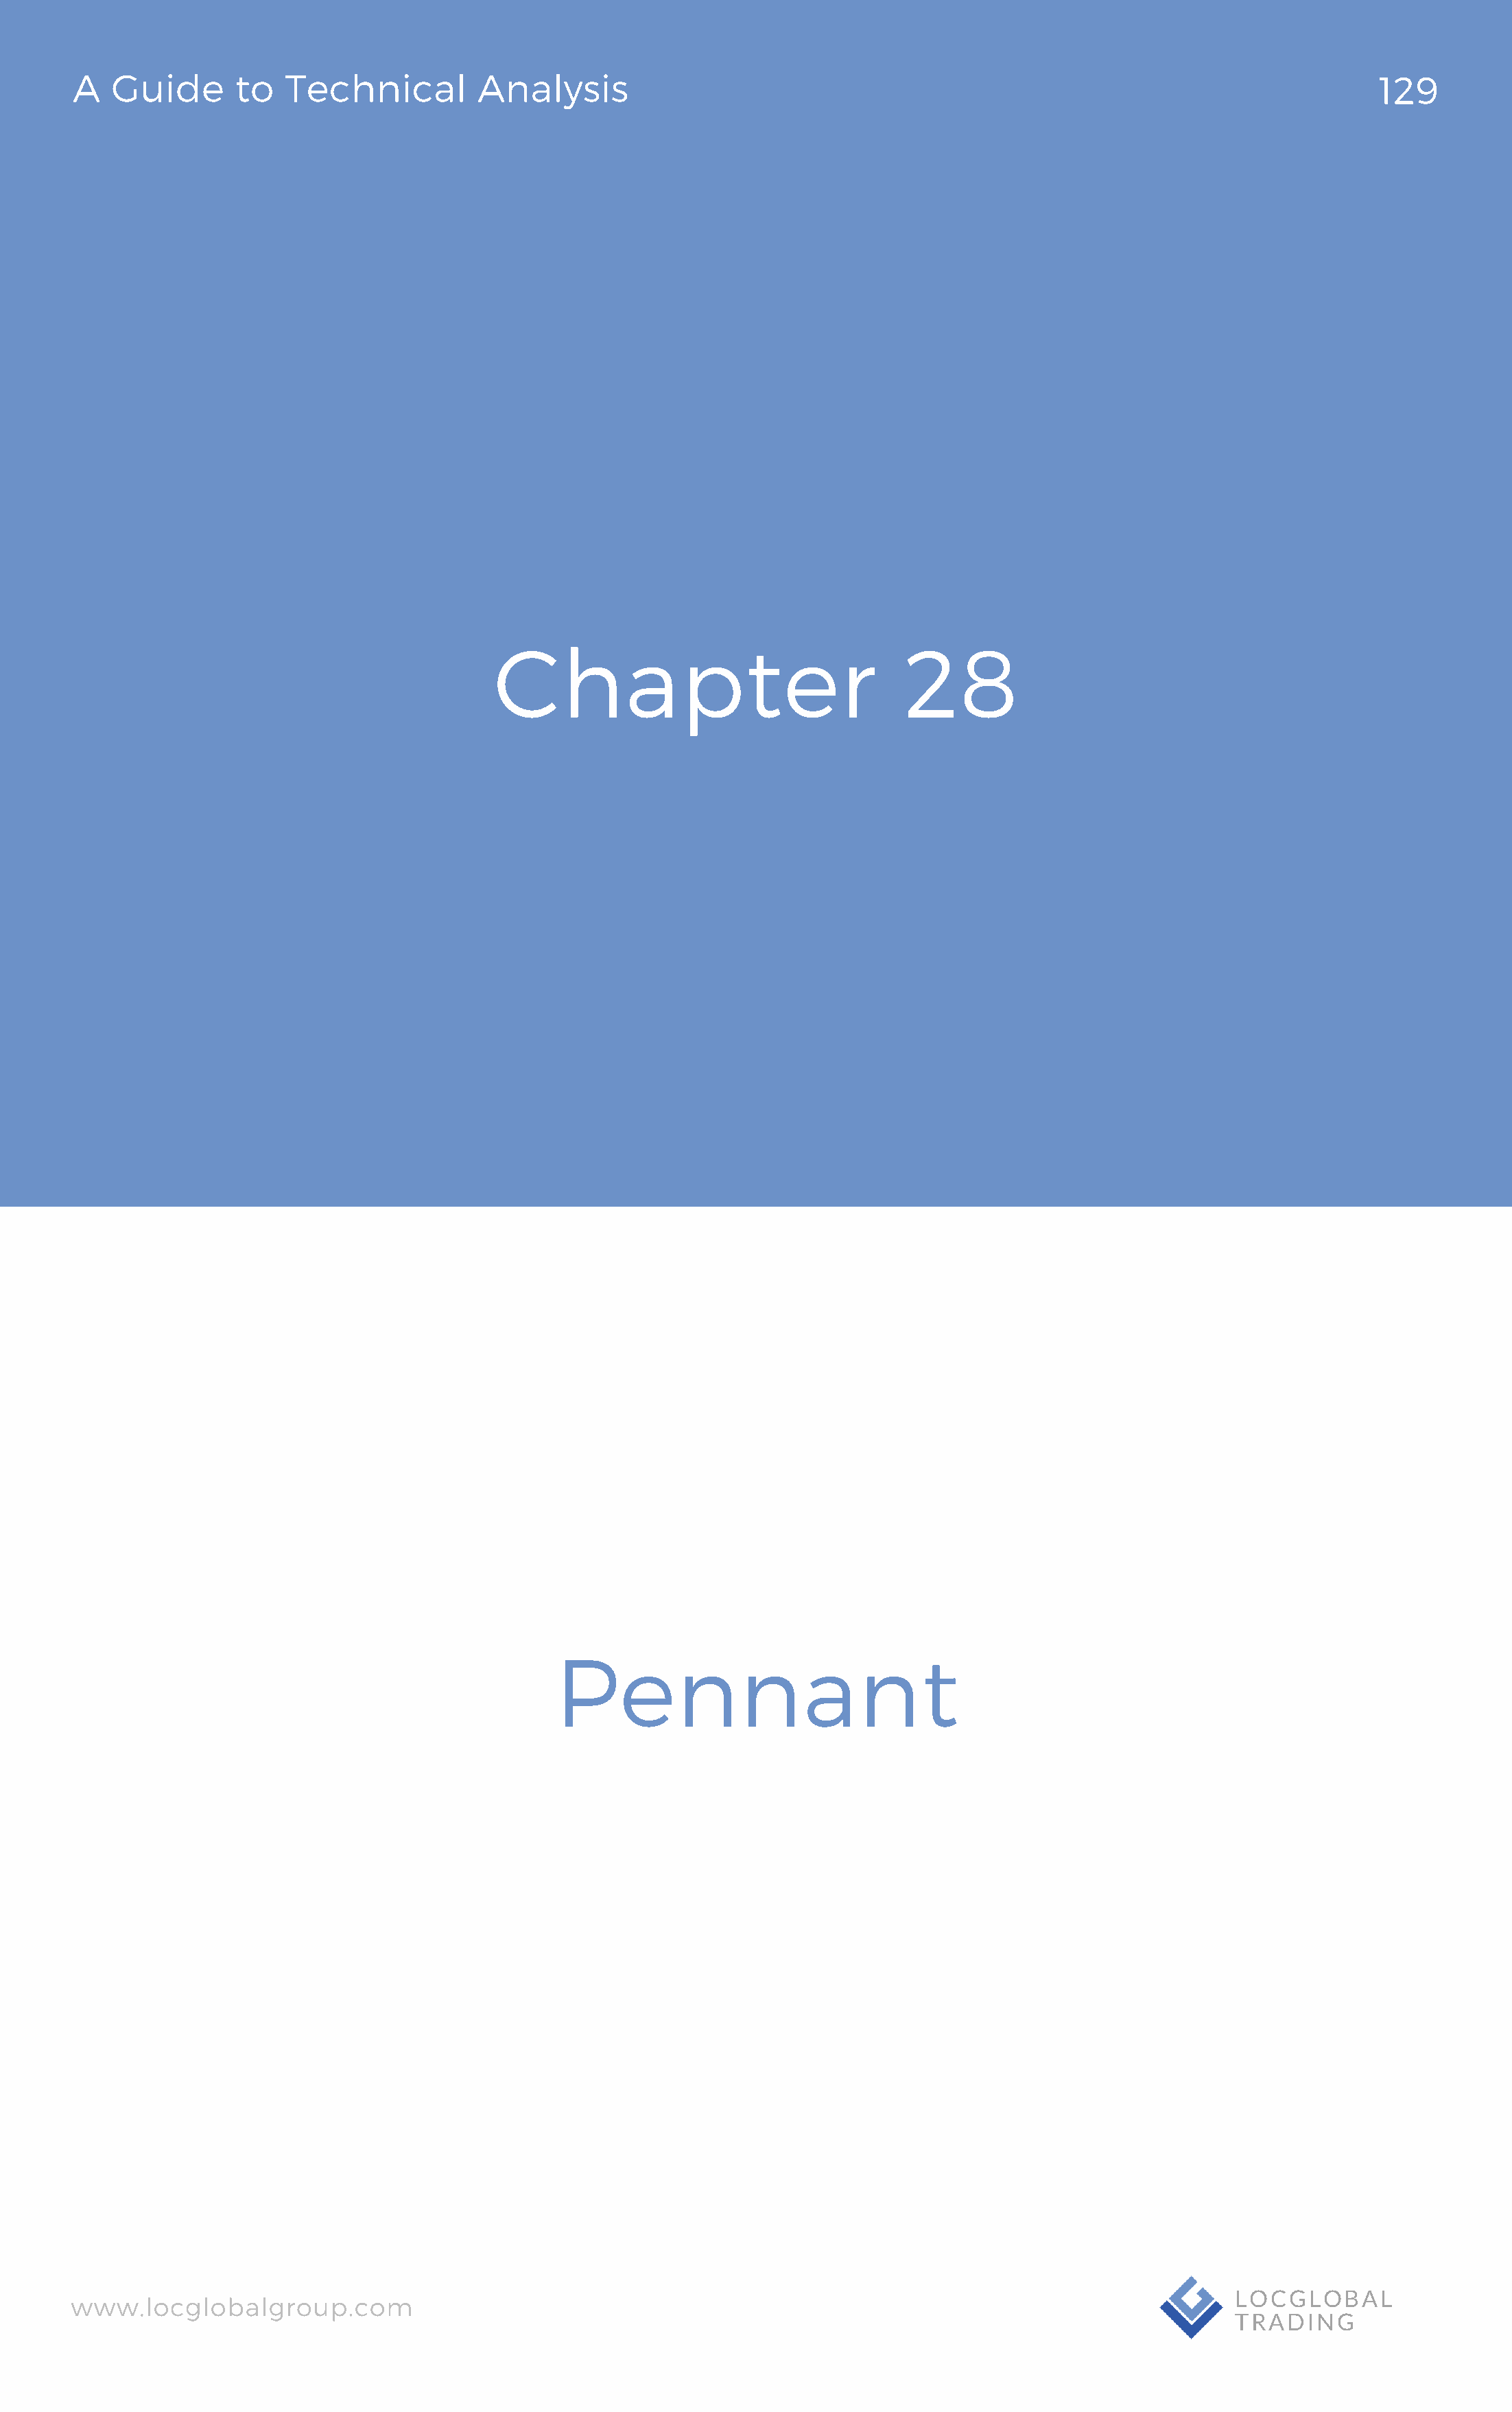
A   Guide       to  Technical          Analysis                                                                               129
 Chapter                                28
 Pennant
 www.locglobalgroup.com                                                                                          LOCGLOBAL
 TRADING